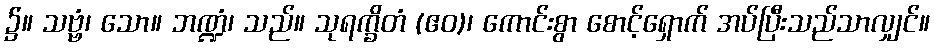
၌။ သဗ္ဗံ၊ သော။ ဘဏ္ဍံ၊ သည်။ သုရက္ခိတံ (ဧဝ)၊ ကောင်းစွာ စောင့်ရှောက် အပ်ပြီးသည်သာလျှင်။